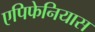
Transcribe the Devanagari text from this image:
एपिफेनियास